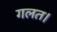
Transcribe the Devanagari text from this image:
गलत।